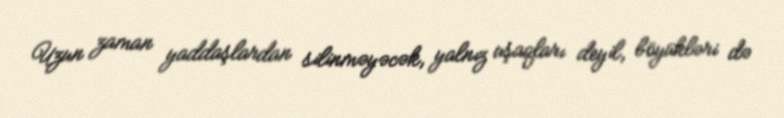
Uzun zaman yaddaşlardan silinməyəcək, yalnız uşaqları deyil, böyükləri də